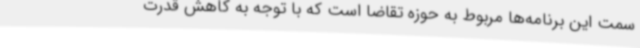
سمت این برنامه‌ها مربوط به حوزه تقاضا است که با توجه به کاهش قدرت